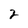
Character: 2